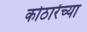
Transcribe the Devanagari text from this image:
कोठारेंच्या